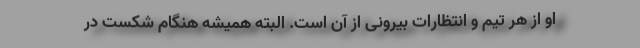
او از هر تیم و انتظارات بیرونی از آن است. البته همیشه هنگام شکست در